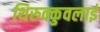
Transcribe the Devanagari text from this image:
थिरुक्कुवलाई